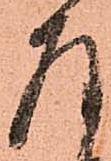
存